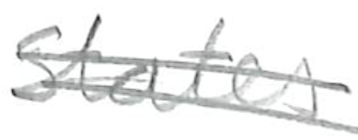
Text: States
Cross-out: double-line
Writing tool: pencil